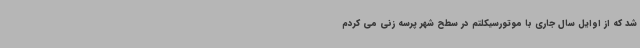
شد که از اوایل سال جاری با موتورسیکلتم در سطح شهر پرسه زنی می کردم